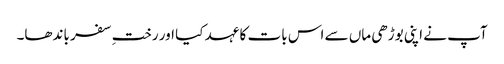
آپ نے اپنی بوڑھی ماں سے اس بات کا عہد کیا اور رختِ سفر باندھا۔